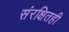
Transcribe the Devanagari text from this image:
संरक्षितही